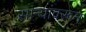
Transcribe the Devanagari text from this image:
साऱ्यांवरून